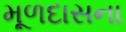
મૂળદાસના